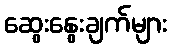
ဆွေးနွေးချက်များ